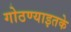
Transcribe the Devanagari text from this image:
गोठण्याइतके